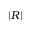
| R |